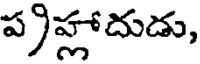
ప్రహ్లాదుడు,